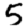
Digit: 5